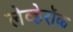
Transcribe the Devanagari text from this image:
लेव्हेरॉक